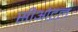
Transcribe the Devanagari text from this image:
सीओटल